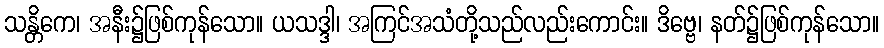
သန္တိကေ၊ အနီး၌ဖြစ်ကုန်သော။ ယသဒ္ဒါ၊ အကြင်အသံတို့သည်လည်းကောင်း။ ဒိဗ္ဗေ၊ နတ်၌ဖြစ်ကုန်သော။